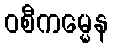
ဝစီကမ္မေန